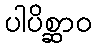
ပါပိစ္ဆာဝ